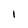
Character: 1